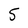
Character: 5